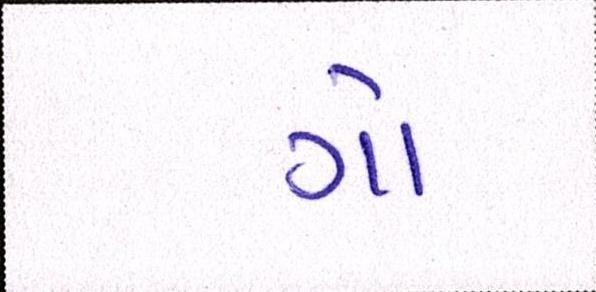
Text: ગો